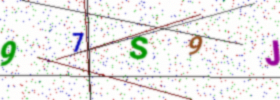
Text: 97S9J